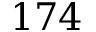
1 7 4